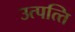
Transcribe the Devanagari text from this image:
उत्पत्‍ति